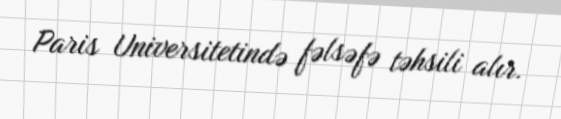
Paris Universitetində fəlsəfə təhsili alır.